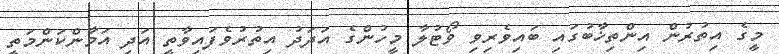
މީގެ އިތުރުން އިންތިޚާބުގައި ބައިވެރިވި ވޯޓުލާ މީހުންގެ އަދަދު އިތުރުވެފައިވާތީ އަދި އަމާންކަންމަތީ